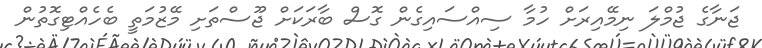
ޖަނާގެ ޖުމްލަ ނިމޭއިރަށް ހުމާ ސިއްސައިގެން ގޮސް ބާރަކަށް ޖޫސްތަށި މޭޒުމަތީ ބެހެއްޓިގޮތުން